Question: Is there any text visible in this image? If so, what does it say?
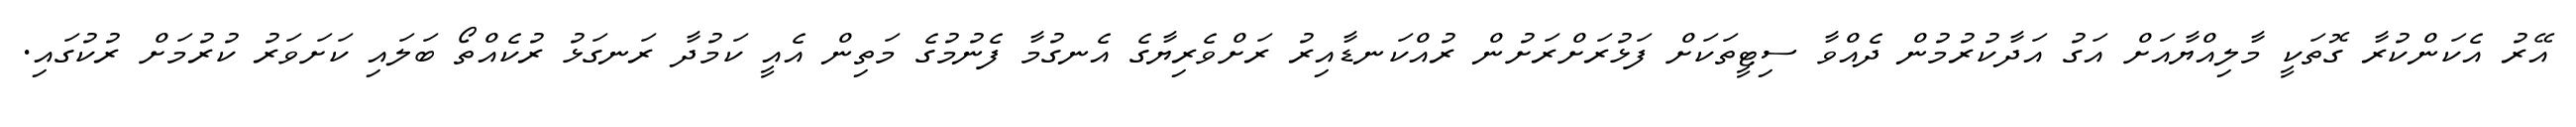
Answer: އޭރު އެކަންކުރާ ގޮތަކީ މާލިއްޔާއަށް އަގު އަދާކުރުމުން ދެއްވާ ސިޓީތަކަށް ފަޅުރަށްރަށުން ރުއްކަނޑާއިރު ރަށްވެރިޔާގެ އެނގުމާ ފެނުމުގެ މަތިން އެއީ ކަމުދާ ރަނގަޅު ރުކެއްތޯ ބަލައި ކަށަވަރު ކުރުމަށް ރުކުގައި.